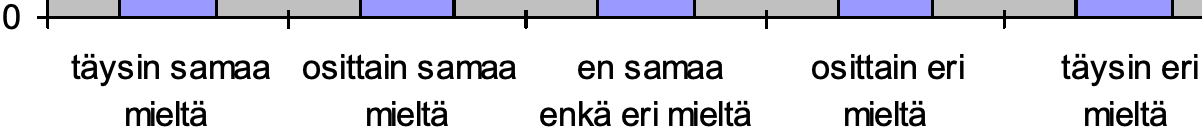
0 täysin samaa osittain samaa en samaa osittain eri täysin eri mieltä  mieltä enkä eri mieltä mieltä mieltä